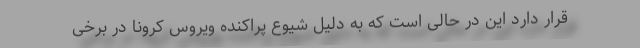
قرار دارد این در حالی است که به دلیل شیوع پراکنده ویروس کرونا در برخی